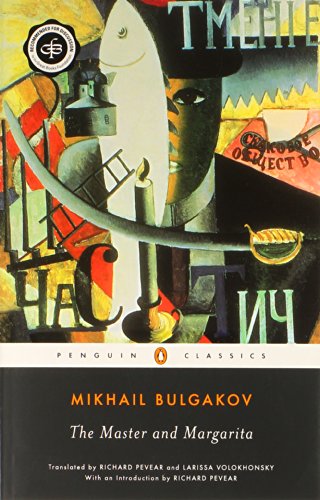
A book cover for The Master and Margarita (Penguin Classics); Mikhail Bulgakov; Literature & Fiction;